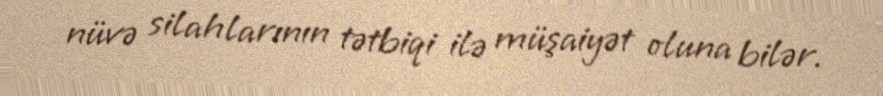
nüvə silahlarının tətbiqi ilə müşaiyət oluna bilər.